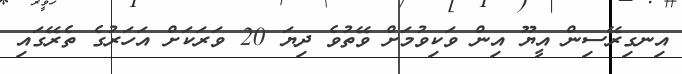
އިނގިރޭސިން އީޔޫ އިން ވަކިވުމަށް ވޭތުވެ ދިޔަ 20 ވަރަކަށް އަހަރުގެ ތެރޭގައި